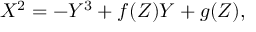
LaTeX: X ^ { 2 } = - Y ^ { 3 } + f ( Z ) Y + g ( Z ) ,